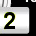
Digit: 2